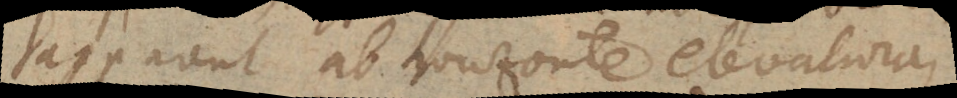
apparent ab horizonte elevatiora,